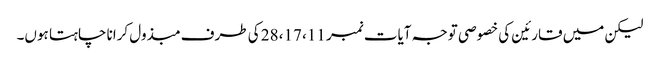
لیکن میں قارئین کی خصوصی توجہ آیات نمبر 11، 17، 28 کی طرف مبذول کرانا چاہتا ہوں۔